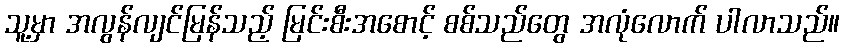
သူ့မှာ အလွန်လျင်မြန်သည့် မြင်းစီးအစောင့် စစ်သည်တွေ အလုံလောက် ပါလာသည်။